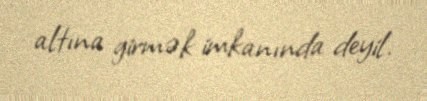
altına girmək imkanında deyil.